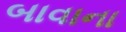
બાવાના